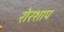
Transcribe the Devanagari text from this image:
रोरशाप